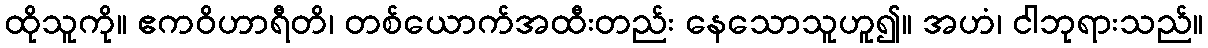
ထိုသူကို။ ဧကဝိဟာရီတိ၊ တစ်ယောက်အထီးတည်း နေသောသူဟူ၍။ အဟံ၊ ငါဘုရားသည်။